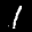
Label: 1